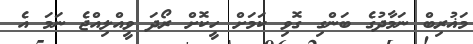
މަޣުރިބް ނަމާދުގެ ބަންގި ގޮވި ކަމަށް ހީކޮށް ރޯދަ ވީއްލިއްޖެ ނަމަ އެ